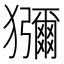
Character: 獼